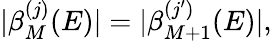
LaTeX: |\beta_{M}^{(j)}(E)|=|\beta_{M+1}^{(j^{\prime})}(E)|,